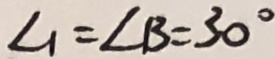
\angle 1 = \angle B = 3 0 ^ { \circ }